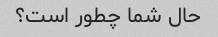
حال شما چطور است؟